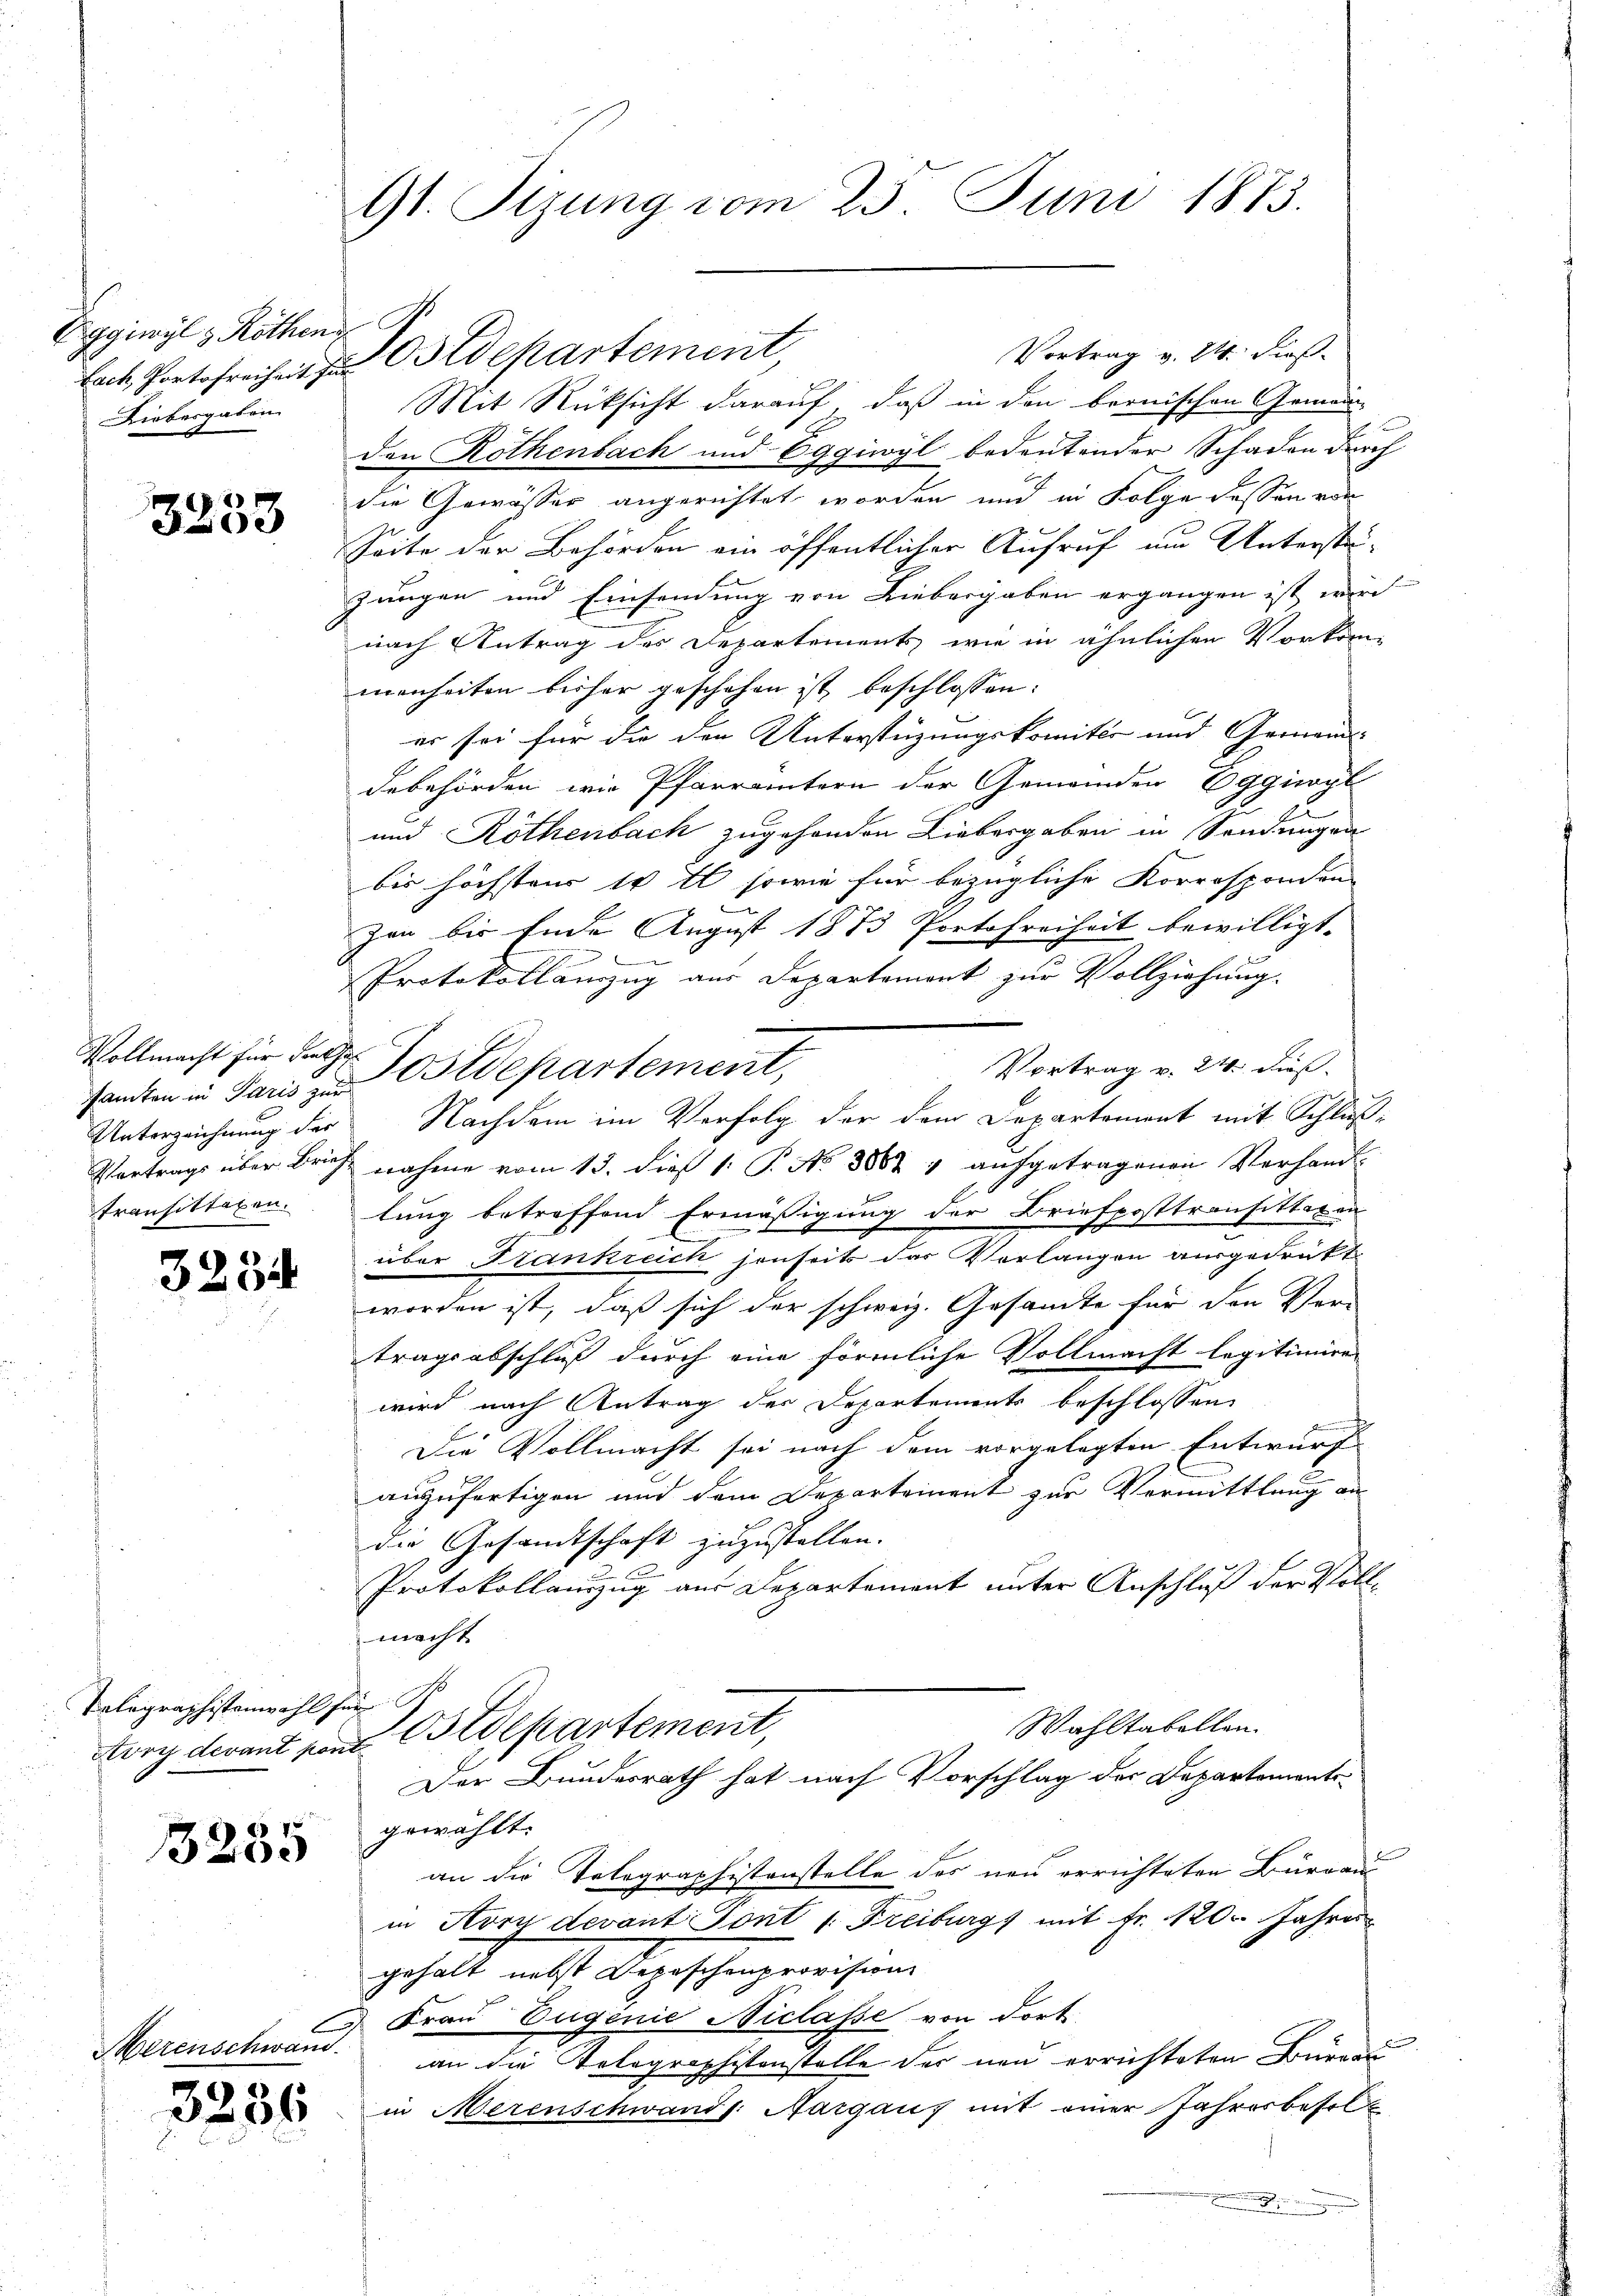
Eggiwyl z. Röthen
Liebesgaben.

E
3200

samten in Paris zur
transittagen.

3234

Kalagraphistenwohl für

3255

Herenschwand.

Vortrag v. 24. dieß
Lach, Portofreiheit zu Ostdepartement,
Mit Rücksicht darauf, daß in den beonischen Gemein-
den Rothenbach und Eggiwyl bedeutender Schaden durch
m
die Gewässer angerichtet worden und in Folge dessen von
Seite der Behörden ein öffentlicher Aufruf um Unterstüjungen und Einsendung von Liebergaben ergangen ist wird
nach Antrag des Departements, wie in ähnlichen Vorkommenheiten bisher geschehen ist beschlossen:
er sei für die den Unterstüzungskomiter und Gemeinds-
debehörden wie Pfarrämtern der Gemeinden Eggiwyl
und Rothenbach zugehenden Liebergaben in Sendungen
bis höchstens 10 t sowie für bezügliche Korresponden-
zen bis Ende August 1873 Portofreiheit bewilligt.
Protokollämzug aus Departement zur Vollziehung.
Vollmacht für der Postdepartement,
Vortrag v. 24. dieß.
Unterzeichnung der Nachdem im Verfolg der dem Departement mit Schließ¬
Vortrags über Brief nahme vom 13. dieß 1: P. No 8867 u aŭfgetragenen Verhand-
lung betreffend Ermäßigung der Briefposttransitteten
über Krankreich jenseits das Vorlangen ausgedrukt
worden ist, daß sich der schweiz. Gesamte für den Ver-
tragsabschluß durch eine förmliche Vollmacht legitimiren
wird nach Antrag der Departements beschlossen,

Die Vollmacht sei nach dem vorgelegten Entwurf
auszufertigen und dem Departement zur Vermittlung an
die Gesandtschaft zuzustellen.
Protokollauszug aus Departement unter Anschluß der Vollmacht.
Wahltabellen.
tory devant von Ostdepartement,
Der Bundesrath hat nach Vorschlag des Departements-
gewählt.
an die Telegraphistenstelle des neu errichteten Burgau
in Avra devant Sont /: Freiburg mit Fr. 120. Jahres
gehalt nebst Depeschenprovision
Frau Eugenie Niclasse von dort
.
an die Velographistenstelle der neu errichteten Bureau
in Merenschwand s. Aargaus mit einer Jahrerbesel
.

9t. Sizung vom 23. Juni 1873.